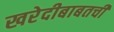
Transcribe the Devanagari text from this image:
खरेदीबाबतची